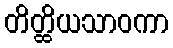
တိတ္ထိယသာဝကာ